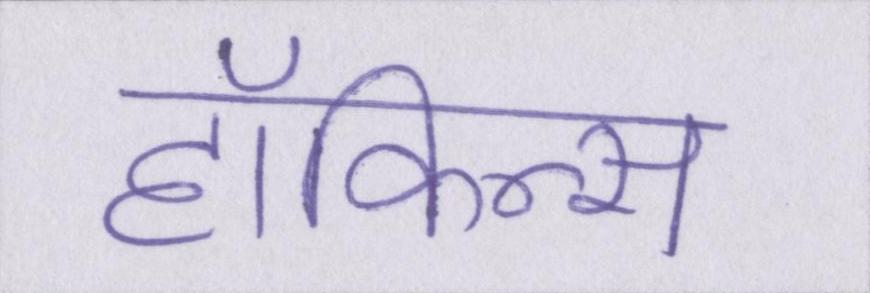
हॉकिन्स